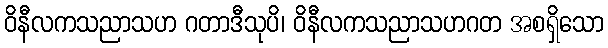
ဝိနီလကသညာသဟ ဂတာဒီသုပိ၊ ဝိနီလကသညာသဟဂတ အစရှိသော